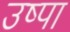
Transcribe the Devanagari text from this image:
उष्पा